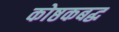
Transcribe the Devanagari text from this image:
कोष्ठकबद्ध